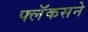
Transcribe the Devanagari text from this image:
फ्लॅकसने